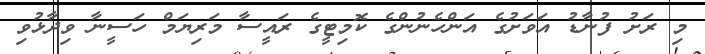
މި ރަށު ފުނާޑު އަވަށުގެ އަންހެނުންގެ ކޮމިޓީގެ ރައީސާ މަރިޔަމް ހަސީނާ ވިދާޅުވި